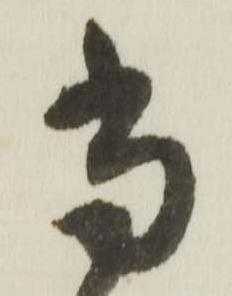
当